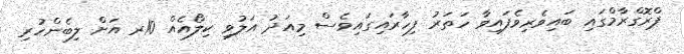
ޕްރޮގްރާމްގައި ބައިވެރިވެފައިވާ ހަތަރު ފިހާރައިގައިވެސް މިއަދު އަލުވި ކިލޯއެއް 10ރ އަށް ލިބެންހުރި